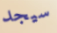
سيجد